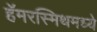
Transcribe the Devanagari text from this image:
हॅमरस्मिथमध्ये